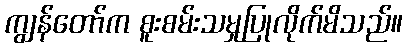
ကျွန်တော်က စူးစမ်းသမှုပြုလိုက်မိသည်။